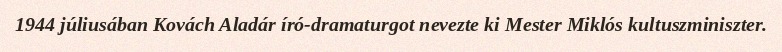
1944 júliusában Kovách Aladár író-dramaturgot nevezte ki Mester Miklós kultuszminiszter.